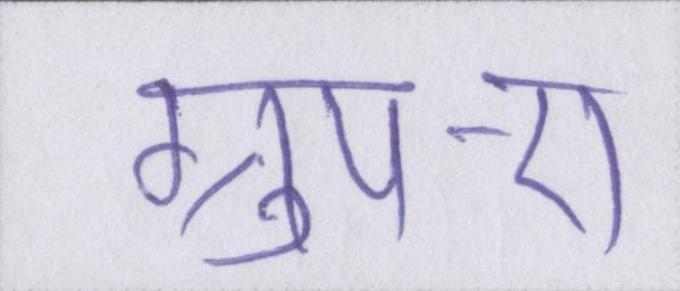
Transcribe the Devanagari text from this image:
ग्रुप-ए